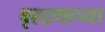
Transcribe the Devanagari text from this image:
बृहद्रथाच्या